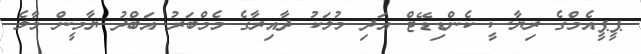
ޕީޕީއެމްގެ ރިޔާސީ ކެންޑިޑޭޓް އަދި މުލަކު ދާއިރާގެ މެމްބަރު އަބްދު ޔާމީން މާލެ